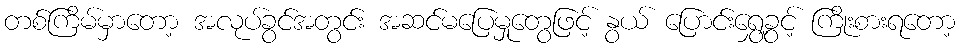
တစ်ကြိမ်မှာတော့ အလုပ်ခွင်အတွင်း အဆင်မပြေမှုတွေဖြင့် နွယ် ပြောင်းရွှေ့ခွင့် ကြိုးစားရတော့